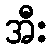
အီး